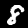
Digit: 8